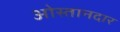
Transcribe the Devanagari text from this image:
ओस्तानदार